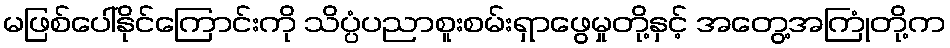
မဖြစ်ပေါ်နိုင်ကြောင်းကို သိပ္ပံပညာစူးစမ်းရှာဖွေမှုတို့နှင့် အတွေ့အကြုံတို့က